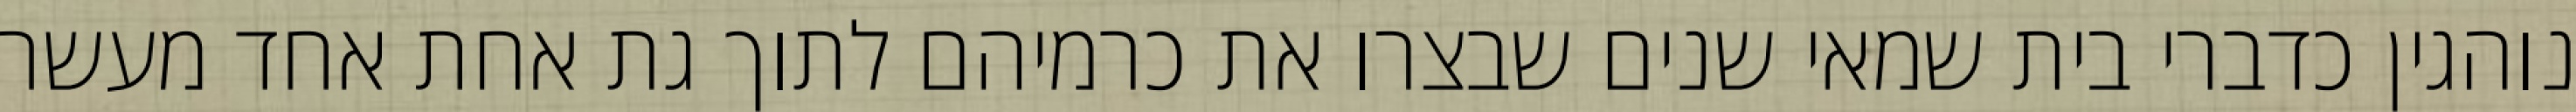
נוהגין כדברי בית שמאי שנים שבצרו את כרמיהם לתוך גת אחת אחד מעשר